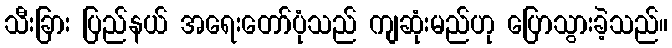
သီးခြား ပြည်နယ် အရေးတော်ပုံသည် ကျဆုံးမည်ဟု ပြောသွားခဲ့သည်။